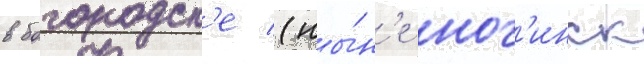
в богородск'е (ны́н'е ног'инск